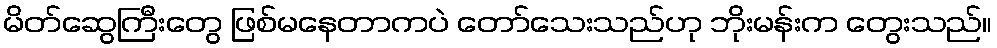
မိတ်ဆွေကြီးတွေ ဖြစ်မနေတာကပဲ တော်သေးသည်ဟု ဘိုးမန်းက တွေးသည်။